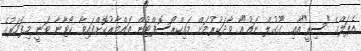
އެޕަލްގެ "ސިރީ"އާއި "ގޫގުލް ނައު"އާ ވާދަކުރުމަށް މައިކްރޯސޮފްޓުން ތައްޔާރުކޮށްފައިވާ ކޯޓާނާ ވަނީ މިފަހަރުގެ